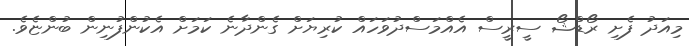
މިއަދު ފެށި ރޯޑްޝޯ ސީރީސް އެއްމަސްދުވަހައް ކުރިޔަށް ގެންދާނެ ކަމަށް އެކުންފުނިން ބުންޏެވެ.